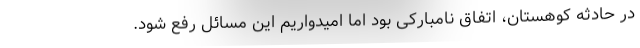
در حادثه کوهستان، اتفاق نامبارکی بود اما امیدواریم این مسائل رفع شود.